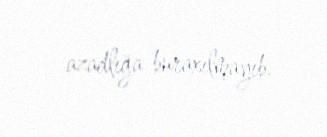
azadlığa buraxılmayıb.